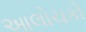
આલોચકો